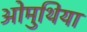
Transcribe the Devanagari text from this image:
ओमुथिया